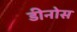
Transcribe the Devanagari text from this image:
डीनोस